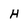
Character: H